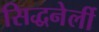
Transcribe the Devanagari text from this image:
सिद्धनेर्ली